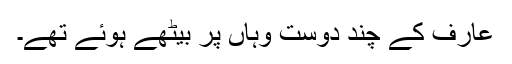
عارف کے چند دوست وہاں پر بیٹھے ہوئے تھے۔